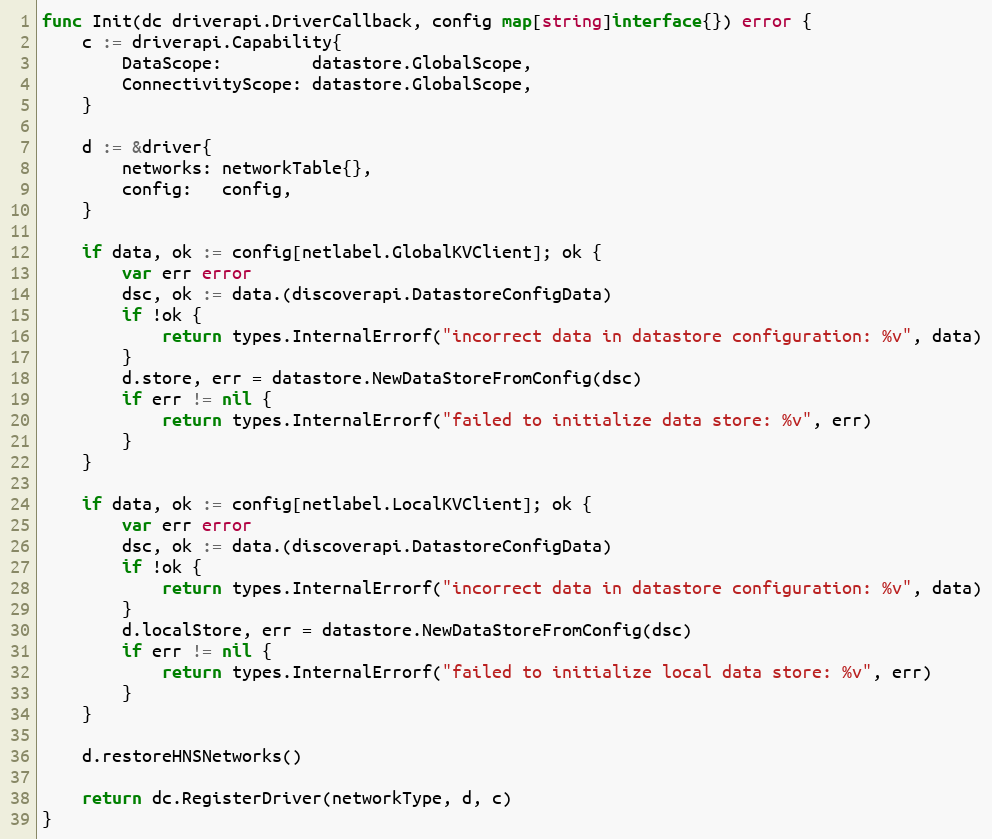
Language: Go
func Init(dc driverapi.DriverCallback, config map[string]interface{}) error {
	c := driverapi.Capability{
		DataScope:         datastore.GlobalScope,
		ConnectivityScope: datastore.GlobalScope,
	}

	d := &driver{
		networks: networkTable{},
		config:   config,
	}

	if data, ok := config[netlabel.GlobalKVClient]; ok {
		var err error
		dsc, ok := data.(discoverapi.DatastoreConfigData)
		if !ok {
			return types.InternalErrorf("incorrect data in datastore configuration: %v", data)
		}
		d.store, err = datastore.NewDataStoreFromConfig(dsc)
		if err != nil {
			return types.InternalErrorf("failed to initialize data store: %v", err)
		}
	}

	if data, ok := config[netlabel.LocalKVClient]; ok {
		var err error
		dsc, ok := data.(discoverapi.DatastoreConfigData)
		if !ok {
			return types.InternalErrorf("incorrect data in datastore configuration: %v", data)
		}
		d.localStore, err = datastore.NewDataStoreFromConfig(dsc)
		if err != nil {
			return types.InternalErrorf("failed to initialize local data store: %v", err)
		}
	}

	d.restoreHNSNetworks()

	return dc.RegisterDriver(networkType, d, c)
}